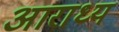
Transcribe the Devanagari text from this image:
अाराध्य